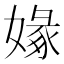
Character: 𡟼